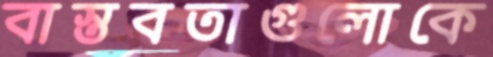
বাস্তবতাগুলোকে